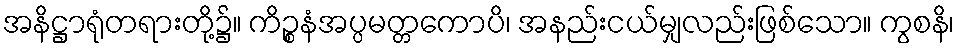
အနိဋ္ဌာရုံတရားတို့၌။ ကိဉ္စနံအပ္ပမတ္တကောပိ၊ အနည်းငယ်မျှလည်းဖြစ်သော။ ကွစနိ၊